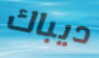
ديباك